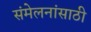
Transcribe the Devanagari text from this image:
संमेलनांसाठी